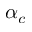
\alpha _ { c }